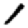
Digit: 1